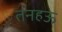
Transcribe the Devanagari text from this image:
तनहऊ